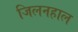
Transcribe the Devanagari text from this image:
जिलनहाल